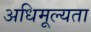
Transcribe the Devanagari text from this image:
अधिमूल्यता